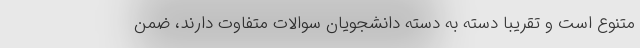
متنوع است و تقریبا دسته به دسته دانشجویان سوالات متفاوت دارند، ضمن